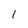
Character: 1